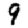
Digit: 9